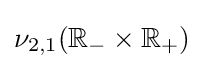
\nu _{2,1}(\mathbb {R} _{-}\times \mathbb {R} _{+})